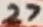
Text: 27